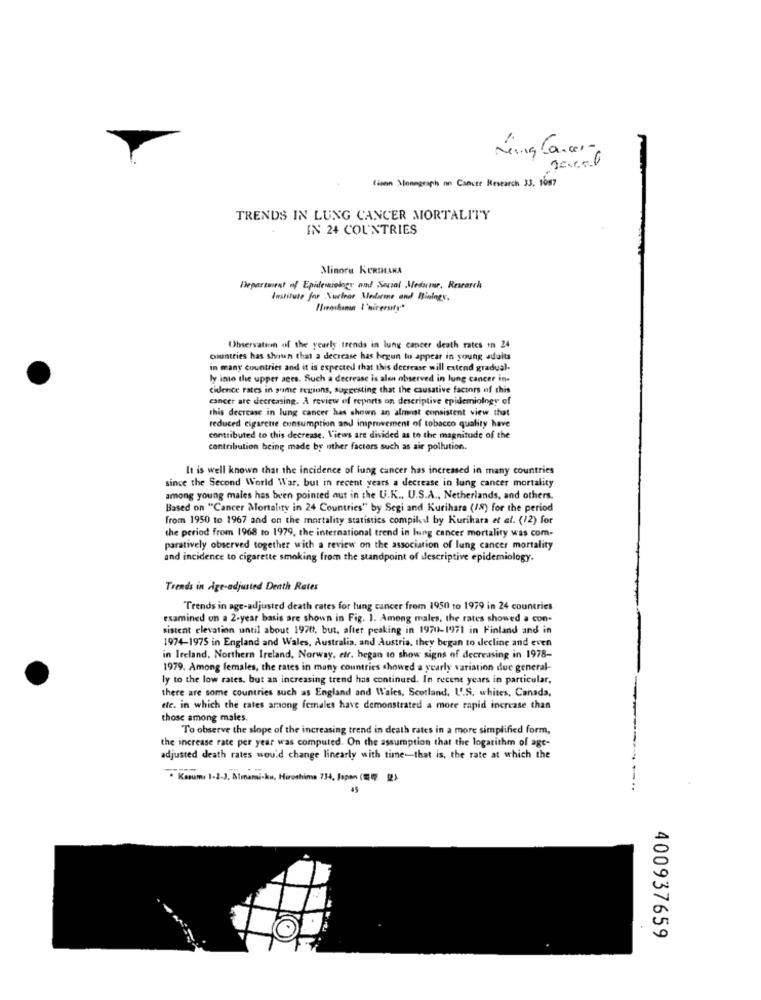
Ning Cancer-
tizen Monograph on Cancer Research 33. 1687
TRENDS IN LUNG CANCER MORTALITY
IN 24 COUNTRIES
Minoru KURIHANA
Department of Epidemiology and Social Medorme, Research
Institute for Nuclear Medlerine and Biology.
"loskamer "'mirerai"
Observation of the yearly trends in lung cancer death rates in 24
countries has shown that a decrease has begun to appear in young adults
in many countries and it is expected that this decrease will extend gradual-
ly into the upper aces. Such a decrease is alen observed in lung cancer in-
cidence rates in prime regions, suggesting that the causative factors of this
cancer are decreasing. A review of reports on descriptive epidemiology of
this decrease in lung cancer has shown an almost consistent view that
reduced cigarette consumption and improvement of tobacco quality have
contributed to this decrease, Views are divided as to the magnitude of the
contribution being made by other factors such as air pollution.
It is well known that the incidence of lung cancer has increased in many countries
since the Second World War. but in recent years a decrease in lung cancer mortality
among young males has been pointed out in the U.K ., U.S.A ., Netherlands, and others.
Based on "Cancer Mortality in 24 Countries" by Segi and Kurihara (18) for the period
from 1950 to 1967 and on the mortality statistics compiled by Kurihara et al. (12) for
the period from 1968 to 1979, the international trend in lung cancer mortality was com-
paratively observed together with a review on the association of lung cancer mortality
and incidence to cigarette smoking from the standpoint of descriptive epidemiology.
Trends in dige-adjusted Death Rates
Trends in age-adjusted death rates for lung cancer from 1950 to 1979 in 24 countries
examined on a 2-year basis are shown in Fig. 1. Among males, the rates showed a con-
sistent elevation until about 1970, but. after peaking in 1970-1971 in Finland and in
1974-1975 in England and Wales, Australia, and Austria, they began to decline and even
in Ireland, Northern Ireland, Norway, etr. hegan to show signs of decreasing in 1978-
1979. Among females, the rates in many countries showed a yearly variation due general-
ly to the low rates, but an increasing trend has continued. In recent years in particular.
there are some countries such as England and Wales, Scotland, U.S. whites, Canada,
ete. in which the rates among females have demonstrated a more rapid increase than
those among males.
To observe the slope of the increasing trend in death rates in a more simplified form,
the increase rate per year was computed. On the assumption that the logarithm of age-
adjusted death rates would change linearly with time-that is, the rate at which the
Kasumi 1-2-J, Amami-ku, Hiroshima 734, Japan (1 7 2)
400937659